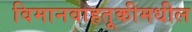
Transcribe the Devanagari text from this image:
विमानवाहतूकीमधील